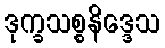
ဒုက္ခသစ္စနိဒ္ဒေသ